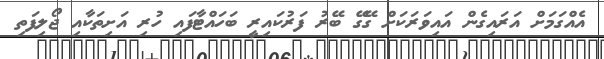
އެއްގަަމަށް އަރައިގެން އައިވަރަކަށް ގޭގޭ ބޭރު ފަރުކައިރީ ބަހައްޓާފައި ހުރި އަށިތަކާއި ޖޯލިފަތި